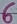
Text: 6